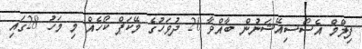
ފިލްމް އެސޯސިއޭޝަނުން ބާއްވާ 20 ދުވަހުގެ މޭކަޕް ކޯހެއް މި މަހު 28ގައި